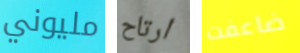
مليوني ارتاح ضاعفت